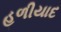
હળીયાદ